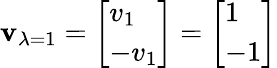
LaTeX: \mathbf{v}_{\lambda=1}={\left[\begin{array}{l}{v_{1}}\\ {-v_{1}}\end{array}\right]}={\left[\begin{array}{l}{1}\\ {-1}\end{array}\right]}